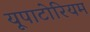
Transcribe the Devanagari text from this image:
यूपाटोरियम